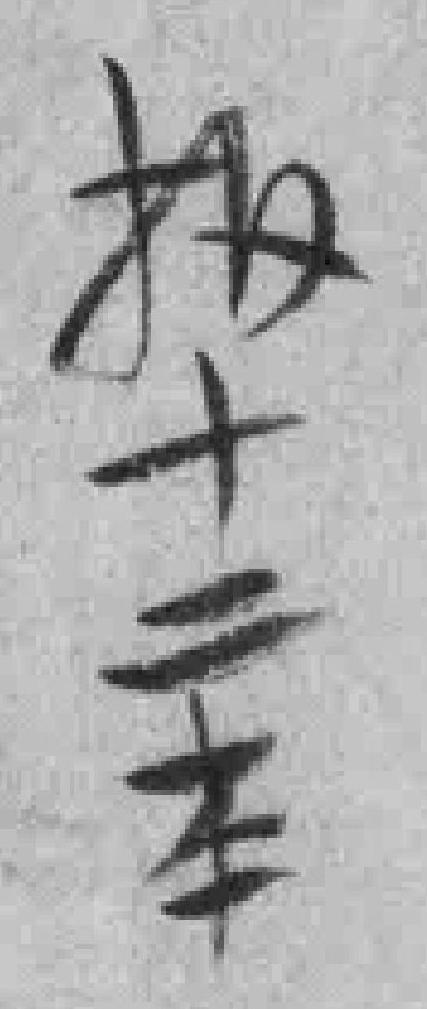
报十二本